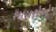
શાયરોએ